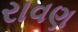
રાવણ